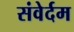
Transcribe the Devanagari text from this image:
संवेर्दम